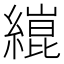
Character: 𦄬